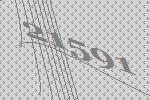
21591